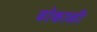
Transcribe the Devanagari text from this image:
ढोकाळी